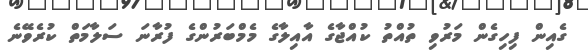
ގެއިން ފިހިގެން މަރުވި ތުއްތު ކުއްޖާގެ އާއިލާގެ މެމްބަރުންގެ ފުރާނަ ސަލާމަތް ކުރެވޭނެ